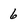
Character: 6